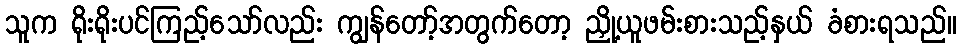
သူက ရိုးရိုးပင်ကြည့်သော်လည်း ကျွန်တော့်အတွက်တော့ ညှို့ယူဖမ်းစားသည့်နှယ် ခံစားရသည်။